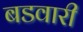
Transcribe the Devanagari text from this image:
बडवारी